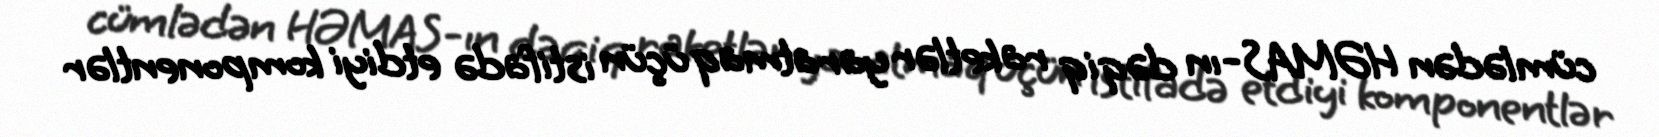
cümlədən HƏMAS-ın dəqiq raketlər yaratmaq üçün istifadə etdiyi komponentlər